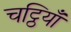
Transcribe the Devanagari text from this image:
चट्ठियाँ